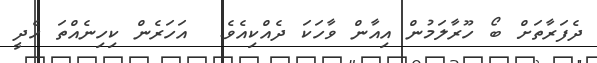
ދެފަރާތަށް ބޯ ހޫރާލަމުން އިއާން ވާހަކަ ދެއްކިއެވެ.  އަހަރެން ކިހިނެއްތަ ހެދީ